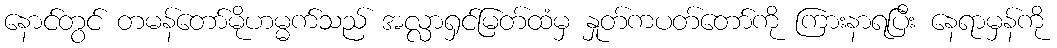
နောင်တွင် တမန်တော်မိုဟမ္မက်သည် အလ္လာရှင်မြတ်ထံမှ နှုတ်ကပတ်တော်ကို ကြားနာရပြီး နေရာမှန်ကို